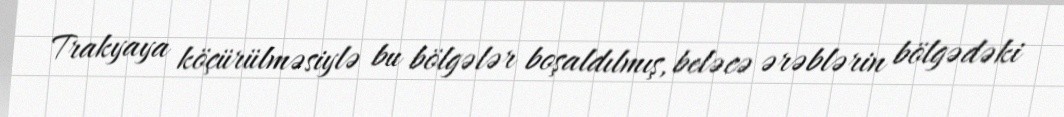
Trakyaya köçürülməsiylə bu bölgələr boşaldılmış, beləcə ərəblərin bölgədəki